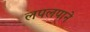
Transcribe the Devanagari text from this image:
लपलपाने